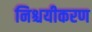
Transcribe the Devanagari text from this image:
निश्चयीकरण